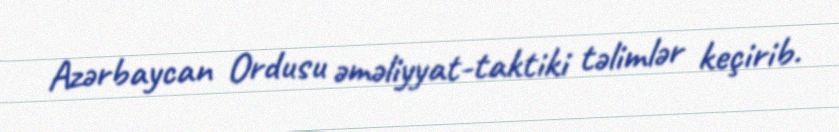
Azərbaycan Ordusu əməliyyat-taktiki təlimlər keçirib.